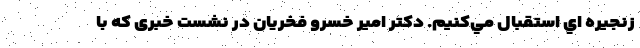
زنجيره اي استقبال مي‌كنيم. دكتر امير خسرو فخريان در نشست خبری که با